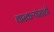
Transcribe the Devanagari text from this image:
वारकऱ्यांसाठी